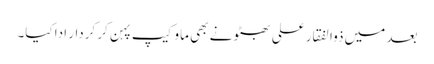
بعد میں ذوالفقار علی بھٹو نے بھی ماو کیپ پہن کر کردار ادا کیا۔